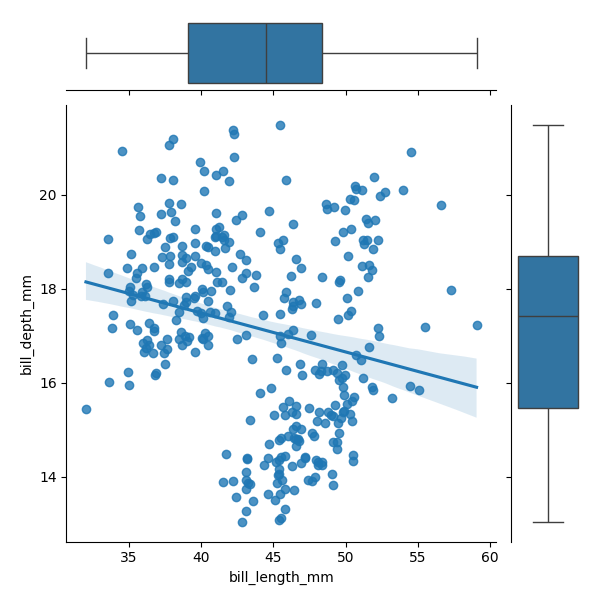
python, seaborn, JointGrid, regplot, boxplot